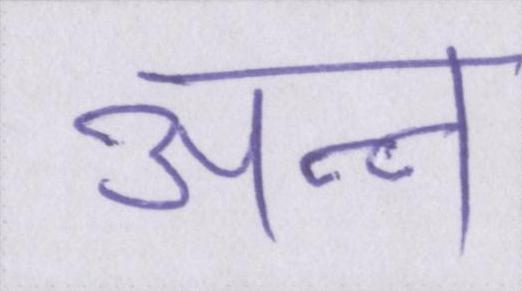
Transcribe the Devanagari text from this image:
अन्न